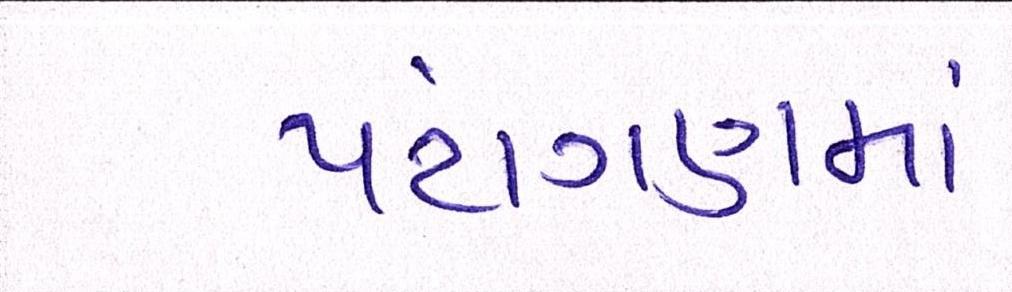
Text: પટાંગણમાં